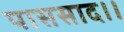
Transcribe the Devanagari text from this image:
पाससाद।।